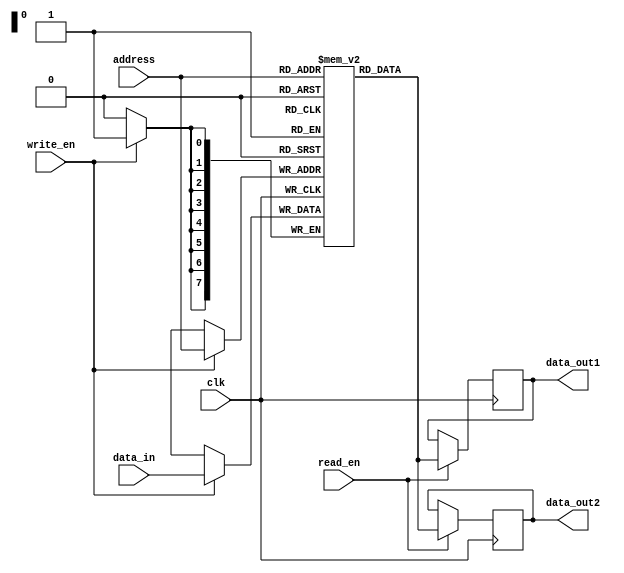
module dual_port_ram (
    input wire clk,
    input wire read_en,
    input wire write_en,
    input wire [7:0] address,
    input wire [7:0] data_in,
    output reg [7:0] data_out1,
    output reg [7:0] data_out2
);

reg [7:0] memory [0:255];

always @(posedge clk) begin
    if(write_en)
        memory[address] <= data_in;
    
    if(read_en) begin
        data_out1 <= memory[address];
        data_out2 <= memory[address];
    end
end

endmodule